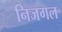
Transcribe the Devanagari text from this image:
निजगल